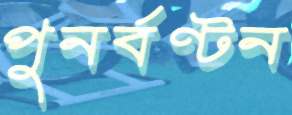
পুনর্বণ্টন